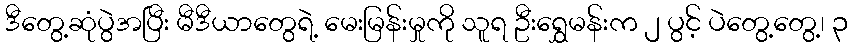
ဒီတွေ့ဆုံပွဲအပြီး မီဒီယာတွေရဲ့ မေးမြန်းမှုကို သူရ ဦးရွှေမန်းက ၂ ပွင့် ပဲတွေ့တွေ့၊ ၃